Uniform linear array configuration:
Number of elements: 12
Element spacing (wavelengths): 0.5
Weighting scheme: hamming
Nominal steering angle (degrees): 45
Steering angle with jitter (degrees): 44.426
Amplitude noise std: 0.05
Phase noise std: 0.05

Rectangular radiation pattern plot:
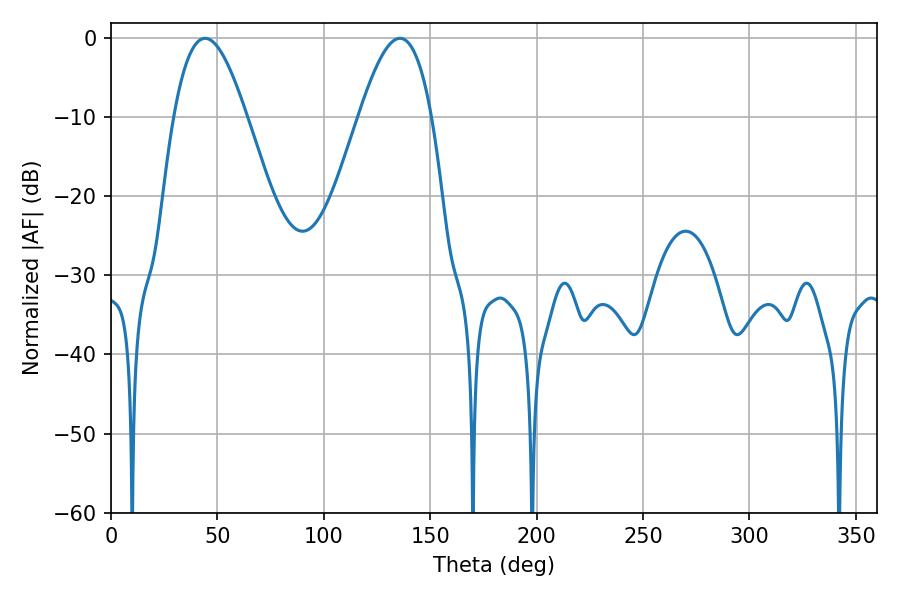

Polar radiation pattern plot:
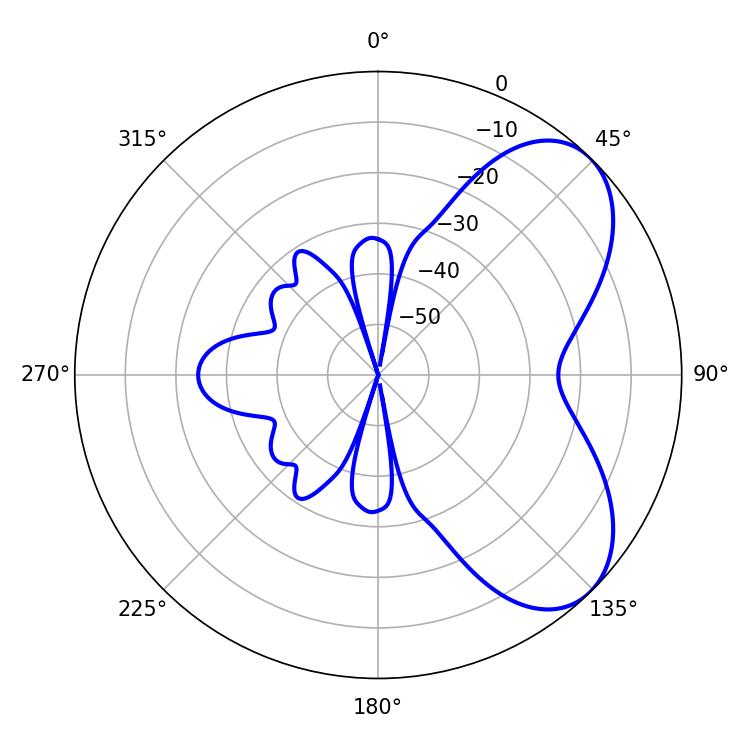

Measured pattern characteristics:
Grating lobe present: FALSE
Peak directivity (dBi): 6.014
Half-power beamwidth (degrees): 18.54
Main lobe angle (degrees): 44.28